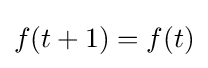
f(t+1)=f(t)